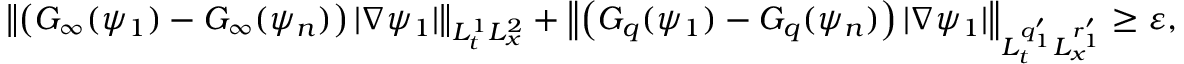
\left\| \left( G _ { \infty } ( \psi _ { 1 } ) - G _ { \infty } ( \psi _ { n } ) \right) | \nabla \psi _ { 1 } | \right\| _ { L _ { t } ^ { 1 } L _ { x } ^ { 2 } } + \left\| \left( G _ { q } ( \psi _ { 1 } ) - G _ { q } ( \psi _ { n } ) \right) | \nabla \psi _ { 1 } | \right\| _ { L _ { t } ^ { q _ { 1 } ^ { \prime } } L _ { x } ^ { r _ { 1 } ^ { \prime } } } \geq \varepsilon ,